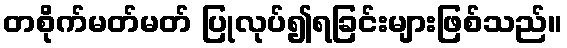
တစိုက်မတ်မတ် ပြုလုပ်၍ရခြင်းများဖြစ်သည်။